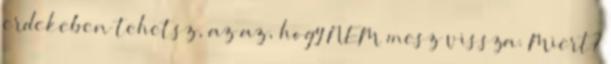
erdekeben tehetsz, az az, hogy NEM mesz vissza. Miert?